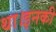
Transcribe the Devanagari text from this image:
था।इनकी